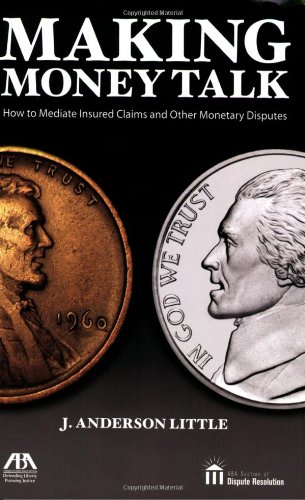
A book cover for Making Money Talk: How to Mediate Insured Claims and Other Monetary Disputes; Anderson J. Little; Law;